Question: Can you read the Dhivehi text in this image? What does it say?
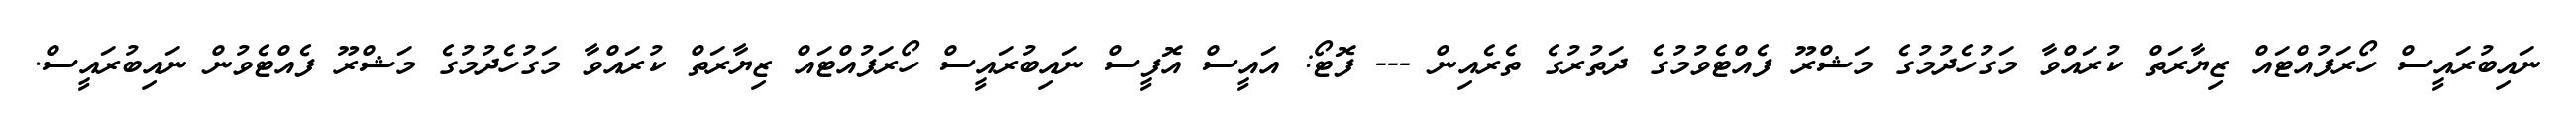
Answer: ނައިބުރައީސް ހޯރަފުއްޓައް ޒިޔާރަތް ކުރައްވާ މަގުހެދުމުގެ މަޝްރޫ ފެއްޓެވުމުގެ ދަތުރުގެ ތެރެއިން --- ފޮޓޯ: އައީސް އޮފީސް ނައިބުރައީސް ހޯރަފުއްޓައް ޒިޔާރަތް ކުރައްވާ މަގުހެދުމުގެ މަޝްރޫ ފެއްޓެވުން ނައިބުރައީސް.